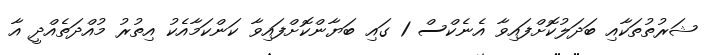
ޝަރުތުތަކާއި ބަދަލުކޮށްފައިވާ އެނެކްސް 1 ގައި ބަޔާންކޮށްފައިވާ ކަންކަމާއެކު އިތުރު މުއްދަތެއްދީ އާ